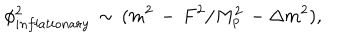
\phi _ { i n f l a t i o n a r y } ^ { 2 } \, \sim \, ( m ^ { 2 } \, - \, F ^ { 2 } / M _ { p } ^ { 2 } \, - \Delta m ^ { 2 } ) ,